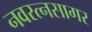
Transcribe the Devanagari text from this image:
नवरत्नसागर